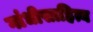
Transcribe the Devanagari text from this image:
गांधीसाहित्य